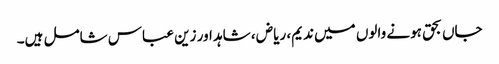
جاں بحق ہونے والوں میں ندیم، ریاض ، شاہد اور زین عباس شامل ہیں۔